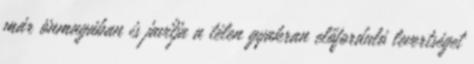
már önmagában is javítja a télen gyakran előforduló levertséget